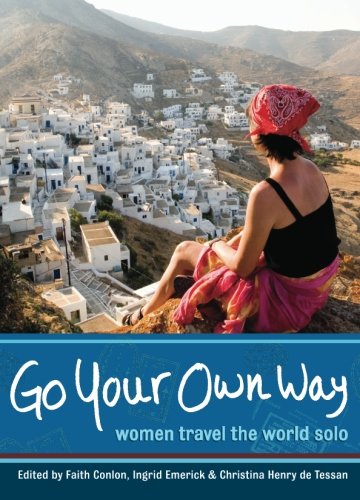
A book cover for Go Your Own Way: Women Travel the World Solo; Travel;